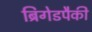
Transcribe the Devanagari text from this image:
ब्रिगेडपैकी